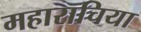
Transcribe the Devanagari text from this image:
महाराचिया